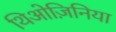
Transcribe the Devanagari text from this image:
थिओज़िनिया